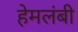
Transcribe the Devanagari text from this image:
हेमलंबी